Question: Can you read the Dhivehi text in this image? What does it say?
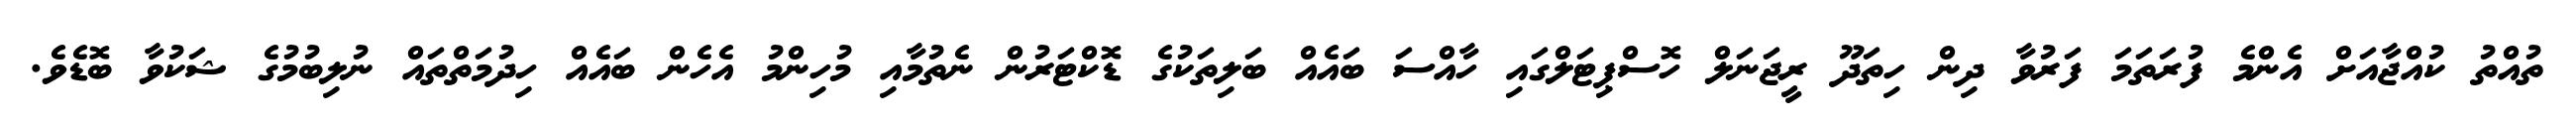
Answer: ތުއްތު ކުއްޖާއަށް އެންމެ ފުރަތަމަ ފަރުވާ ދިން ހިތަދޫ ރީޖަނަލް ހޮސްޕިޓަލްގައި ހާއްސަ ބައެއް ބަލިތަކުގެ ޑޮކްޓަރުން ނެތުމާއި މުހިންމު އެހެން ބައެއް ހިދުމަތްތައް ނުލިބުމުގެ ޝަކުވާ ބޮޑެވެ.